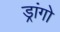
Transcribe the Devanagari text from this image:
ड्रांगो